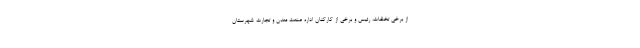
از برخی تخلفات، رئیس و برخی از کارکنان اداره صنعت معدن و تجارت شهرستان